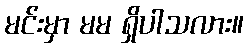
မင်းမှာ မမ ရှိပါသလား။